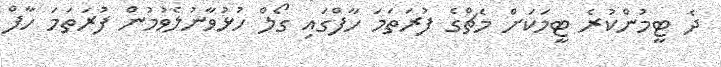
ދެ ޓީމުންކުރެ ޓީމަކަށް މެޗްގެ ފުރަތަމަ ހާފްގައި ގޯލް ހުޅުވާނުލެވުމުން ފުރަތަމަ ހާފް